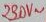
Text: 230V~